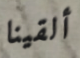
ألقينا